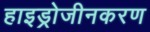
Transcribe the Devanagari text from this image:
हाइड्रोजीनकरण